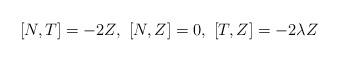
LaTeX: \begin{align*}[N, T]=-2Z,\ [N,Z]=0,\ [T,Z]=-2\lambda Z\end{align*}